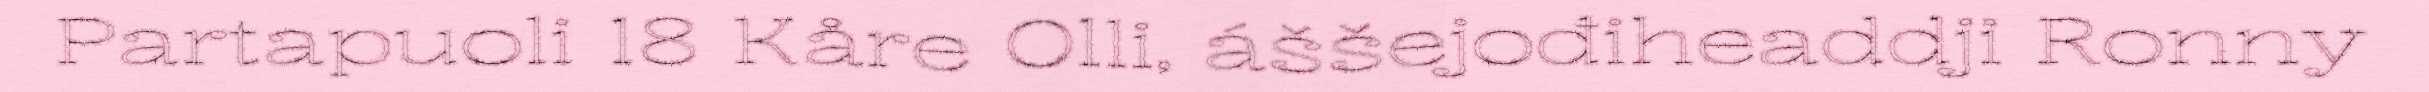
Partapuoli 18 Kåre Olli, áššejođiheaddji Ronny